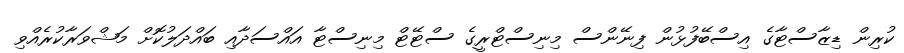
ކުރިން ޑިޒާސްޓާގެ އިސްބޭފުޅުން ފިނޭންސް މިނިސްޓްރީގެ ސްޓޭޓް މިނިސްޓާ އައްސަދާއި ބައްދަލުކޮށް މަޝްވަރާކުރެއްވި